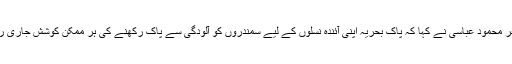
ایڈمرل ظفر محمود عباسی نے کہا کہ پاک بحریہ اپنی آئندہ نسلوں کے لیے سمندروں کو آلودگی سے پاک رکھنے کی ہر ممکن کوشش جاری رکھے گی۔